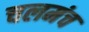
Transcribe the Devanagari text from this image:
चलमंच